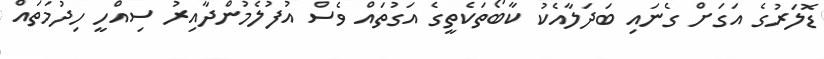
ޑޮލަރުގެ އަގަށް ގެނައި ބަދަލާއެކު ކާބޯތަކެތީގެ އަގުތައް ވެސް އުފުލެމުންދާއިރު ސިއްހީ ހިދުމަތައް